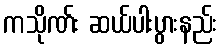
ကသိုဏ်း ဆယ်ပါးပွားနည်း